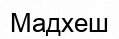
Мадхеш